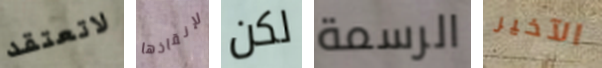
لاتعتقد لإنقاذها لكن الرسمة الآخير